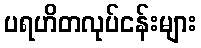
ပရဟိတလုပ်ငန်းများ